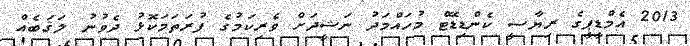
2013 އެމްޑީޕީގެ ރިޔާސީ ކެންޑިޑޭޓް މުހައްމަދު ނަޝީދަށް ވެރިކަމުގެ ފުރަތަމަކޮޅު ދެވުނު ލަޤަބެއް